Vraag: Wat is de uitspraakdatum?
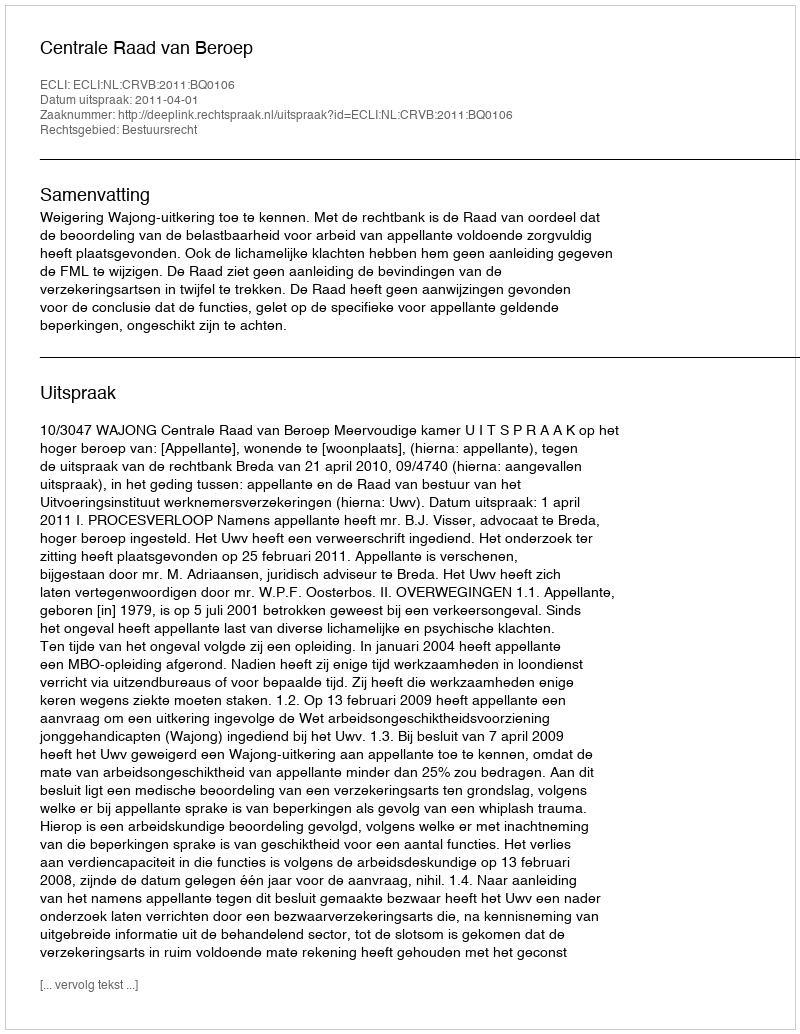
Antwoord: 2011-04-01